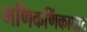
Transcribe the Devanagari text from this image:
मणिकणिंकाघाट